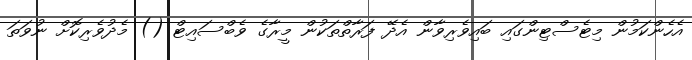
އެހެންކަމުން މިޓެސްޓިންގައި ބައިވެރިވާން އެދޭ ފަރާތްތަކުން މީރާގެ ވެބްސައިޓް () މެދުވެރިކޮށް ނުވަތަ